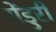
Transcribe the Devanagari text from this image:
गेंडुरी